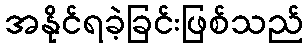
အနိုင်ရခဲ့ခြင်းဖြစ်သည်